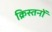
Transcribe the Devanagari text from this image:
क्रिस्तनों